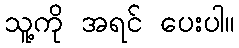
သူ့ကို အရင် ပေးပါ။